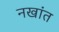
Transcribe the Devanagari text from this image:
नखांत